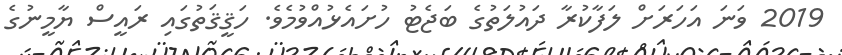
2019 ވަނަ އަހަރަށް ލަފާކުރާ ދައުލަތުގެ ބަޖެޓު ހުށައެޅުއްވުމެވެ. ހަޤީޤަތުގައި ރައީސް ޔާމީނުގެ